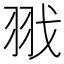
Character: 𦐂